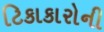
ટિકાકારોની